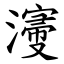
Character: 濅